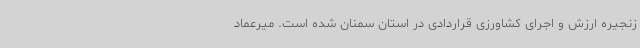
زنجیره ارزش و اجرای کشاورزی قراردادی در استان سمنان شده است. میرعماد